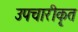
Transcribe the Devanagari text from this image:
उपचारीकृत